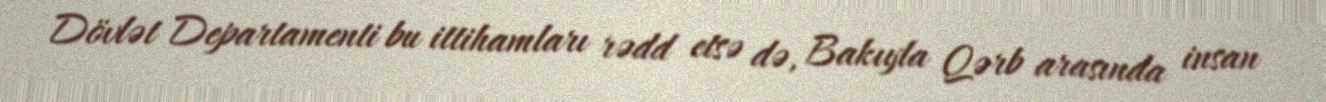
Dövlət Departamenti bu ittihamları rədd etsə də, Bakıyla Qərb arasında insan